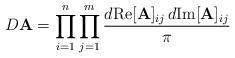
LaTeX: \begin{align*}D \mathbf{A} = \prod_{i=1}^n \prod_{j=1}^m\frac{d {\rm{Re}}{[\mathbf{A}]_{ij}} \, d {\rm{Im}}{[\mathbf{A}]_{ij}} }{\pi}\end{align*}